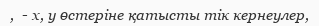
,  - x, y өстеріне қатысты тік кернеулер,